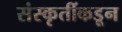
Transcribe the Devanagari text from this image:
संस्कृतींकडून